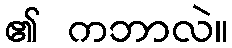
၏ ကဘာလဲ။